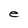
Character: e